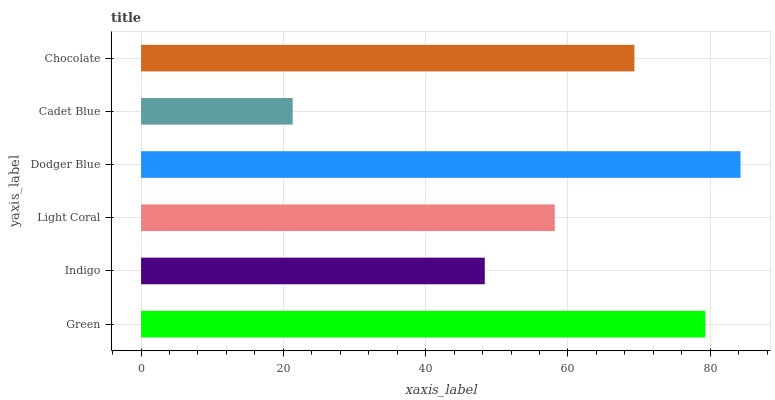
| yaxis_label | bars |
 | --- | --- |
 | Green | 79.3 |
 | Indigo | 48.3 |
 | Light Coral | 58.1 |
 | Dodger Blue | 84.3 |
 | Cadet Blue | 21.3 |
 | Chocolate | 69.3 |